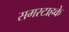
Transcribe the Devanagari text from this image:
समरटाहके